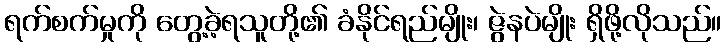
ရက်စက်မှုကို တွေ့ခဲ့ရသူတို့၏ ခံနိုင်ရည်မျိုး၊ ဇွဲနပဲမျိုး ရှိဖို့လိုသည်။